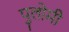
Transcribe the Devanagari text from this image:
पुलोमी